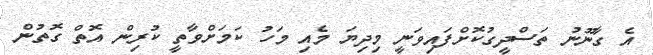
އެ ގާނޫނު ތަސްދީގުކޮށްފައިވަނީ މިދިޔަ މެއި މަހު ކަމަށްވާތީ ކުރިން އޮތް ގޮތުން